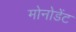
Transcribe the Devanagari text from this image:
मोनोडेंट